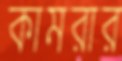
কামরার